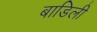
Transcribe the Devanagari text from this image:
बाडिली